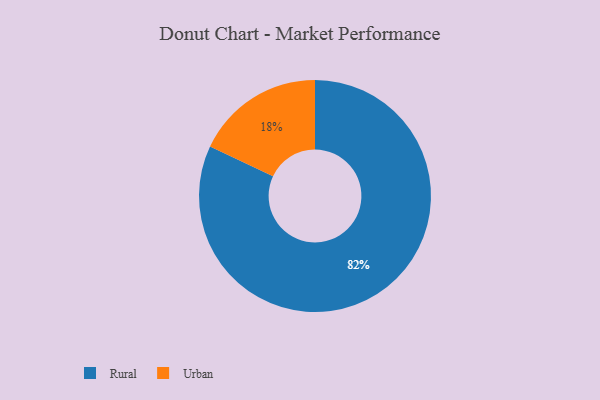
{"axis": {"x": "Category", "y": "Percentage"}, "legend": ["Rural", "Urban"], "data": [{"x": "Urban", "y": 18, "type": "Urban"}, {"x": "Rural", "y": 82, "type": "Rural"}]}